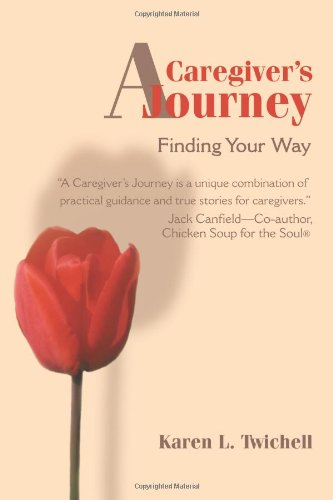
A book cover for A Caregiver's Journey: Finding Your Way; Karen Twichell; Medical Books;